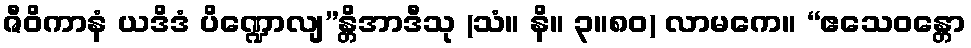
ဇီဝိကာနံ ယဒိဒံ ပိဏ္ဍောလျ”န္တိအာဒီသု (သံ။ နိ။ ၃။၈၀) လာမကေ။ “ဧသေဝန္တော